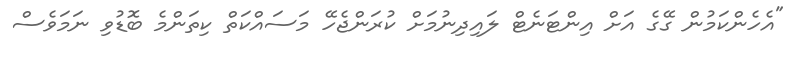
"އެހެންކަމުން ގޭގެ އަށް އިންޓަނެޓް ލައިދިނުމަށް ކުރަންޖެހޭ މަސައްކަތް ކިތަންމެ ބޮޑުވި ނަމަވެސް